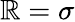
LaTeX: \mathbb{R}=\sigma